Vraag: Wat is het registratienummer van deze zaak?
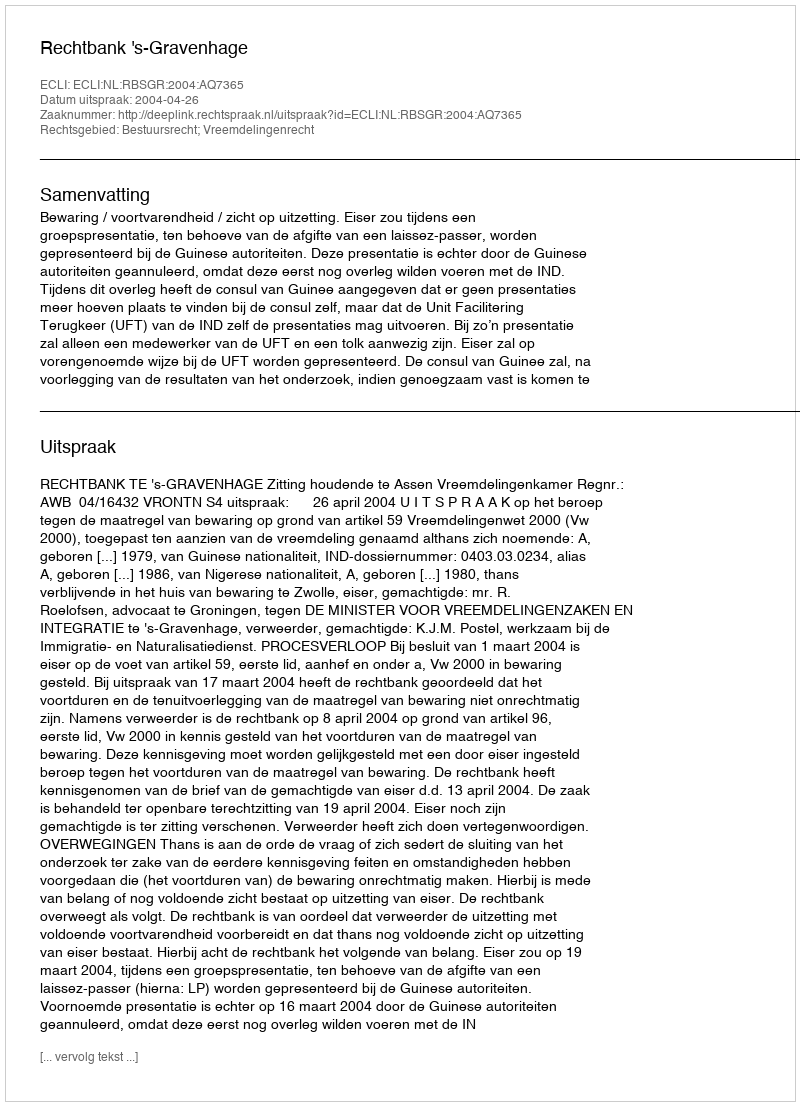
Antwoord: http://deeplink.rechtspraak.nl/uitspraak?id=ECLI:NL:RBSGR:2004:AQ7365